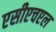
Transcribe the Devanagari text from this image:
एसीएचएल